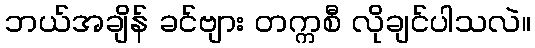
ဘယ်အချိန် ခင်ဗျား တက္ကစီ လိုချင်ပါသလဲ။